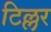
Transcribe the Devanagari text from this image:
टिल्लर